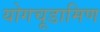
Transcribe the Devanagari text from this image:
योगचूडामिण